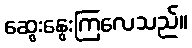
ဆွေးနွေးကြလေသည်။